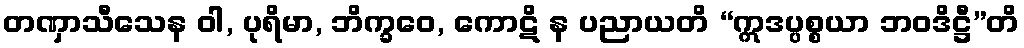
တဏှာသီသေန ဝါ, ပုရိမာ, ဘိက္ခဝေ, ကောဋိ န ပညာယတိ “ဣဒပ္ပစ္စယာ ဘဝဒိဋ္ဌီ”တိ